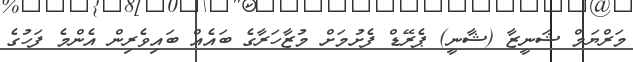
މަރްޔަމް ޝަނީޒާ (ޝާނީ) ޕެރޭޑް ފެށުމަށް މުޒާހަރާގެ ބައެއް ބައިވެރިން އެންމެ ފަހުގެ